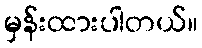
မှန်းထားပါတယ်။